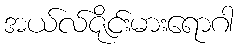
အယ်လ်ဇိုင်းမားရောဂါ